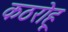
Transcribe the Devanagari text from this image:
कठरोहू